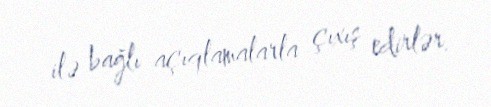
ilə bağlı açıqlamalarla çıxış edirlər.